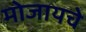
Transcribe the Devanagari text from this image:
मोजायचे